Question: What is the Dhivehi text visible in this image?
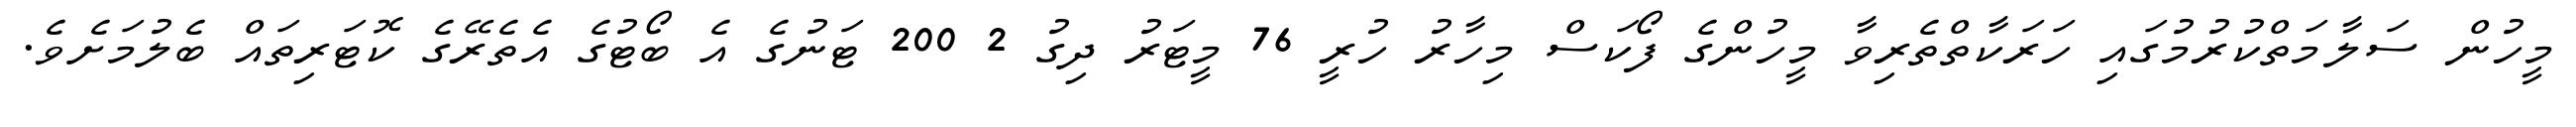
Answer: މީހުން ސަލާމަތްކުރުމުގައި ހަރަކާތްތެރިވާ މީހުންގެ ފޯކަސް މިހާރު ހުރީ 76 މީޓަރު ދިގު 2 200 ޓަނުގެ އެ ބޯޓުގެ އެތެރޭގެ ކޮޓަރިތައް ބެލުމަށެވެ.